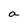
Character: a